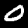
Label: 0